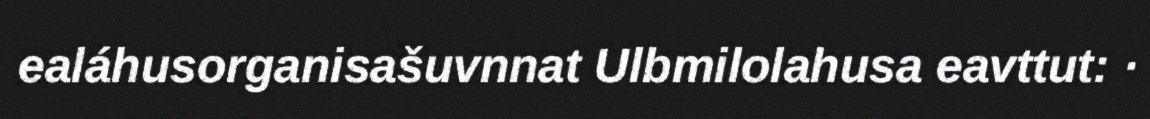
ealáhusorganisašuvnnat Ulbmilolahusa eavttut: ·